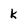
Character: k